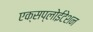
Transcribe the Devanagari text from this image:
एक्सप्लोईटेशन